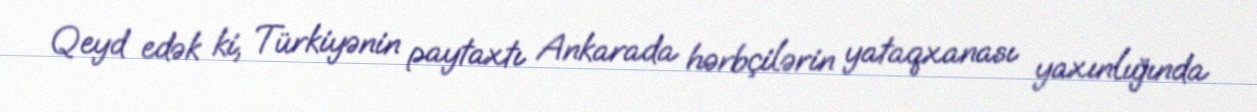
Qeyd edək ki, Türkiyənin paytaxtı Ankarada hərbçilərin yataqxanası yaxınlığında